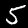
Digit: 5